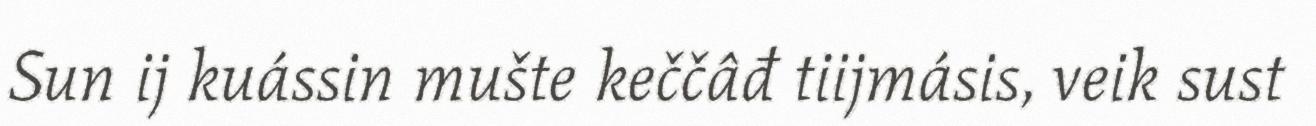
Sun ij kuássin mušte keččâđ tiijmásis, veik sust